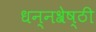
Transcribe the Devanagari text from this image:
धन्नश्रेष्ठी